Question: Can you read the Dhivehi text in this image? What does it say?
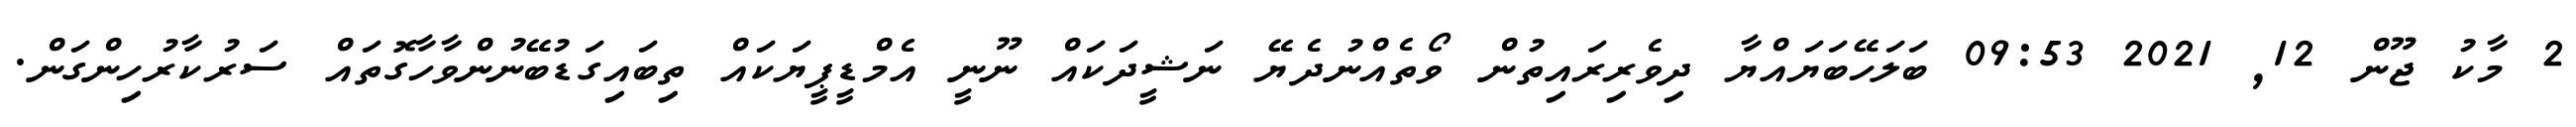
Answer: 2 މާކު ޖޫން 12, 2021 09:53 ބަލަހޭބަޔައްޔާ ދިވެރިރައިތުން ވޯތެއްނުދެޔޭ ނަޝީދަކައް ނޫނީ އެމްޑީޕީޔަކައް ތިބައިގަޑުބޭނުންވާހާގޮތައް ސަރުކާރުހިންގަން.